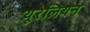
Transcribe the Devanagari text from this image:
यूरेलियन